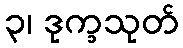
၃၊ ဒုက္ခသုတ်